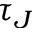
\tau _ { J }